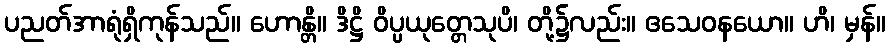
ပညတ်အာရုံရှိကုန်သည်။ ဟောန္တိ။ ဒိဋ္ဌိ ဝိပ္ပယုတ္တေသုပိ၊ တို့၌လည်း။ ဧသေဝနယော။ ဟိ၊ မှန်။